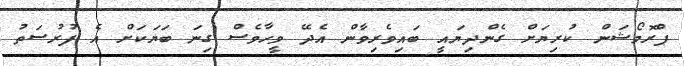
ޕްރޮމޯޝަން ކުރިޔަށް ގެންދިޔައީ ބައިވެރިވާން އެދޭ ވީހާވެސް ގިނަ ބަޔަކަށް އެ ފުރުސަތު